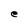
Character: e